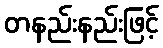
တနည်းနည်းဖြင့်